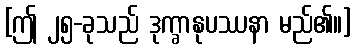
[ဤ ၂၅-ခုသည် ဒုက္ခာနုပဿနာ မည်၏။]